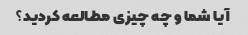
آیا شما و چه چیزی مطالعه کردید؟